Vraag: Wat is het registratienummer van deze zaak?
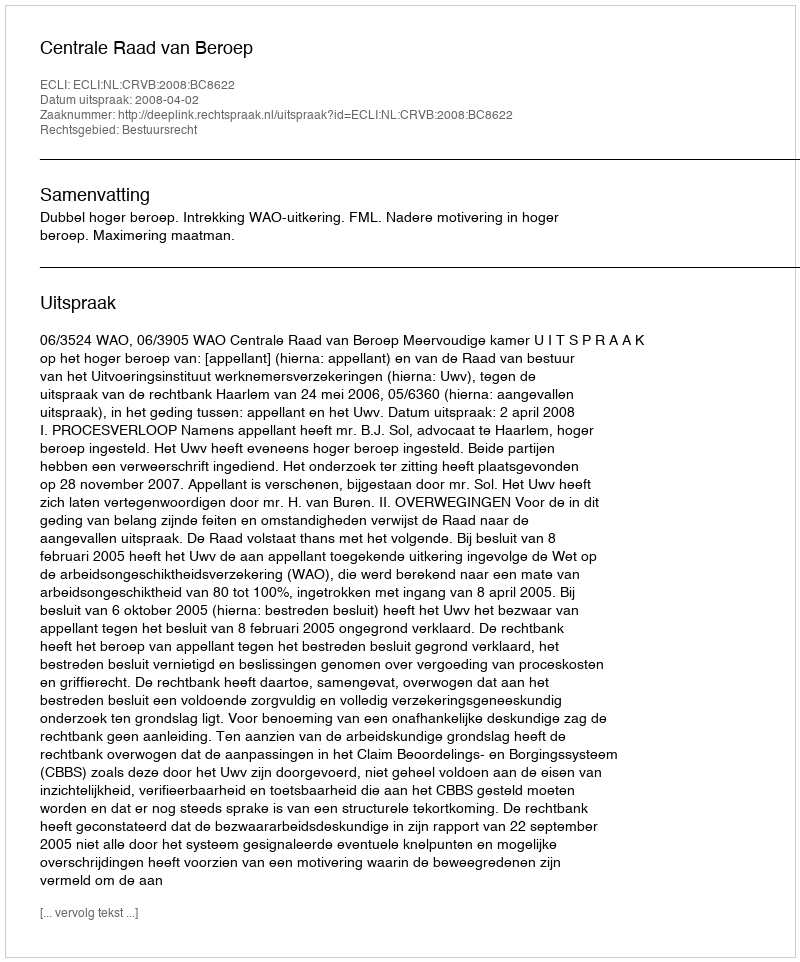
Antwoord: http://deeplink.rechtspraak.nl/uitspraak?id=ECLI:NL:CRVB:2008:BC8622